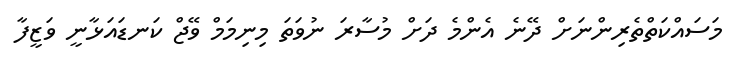
މަސައްކަތްތެރިންނަށް ދޭނެ އެންމެ ދަށް މުސާރަ ނުވަތަ މިނިމަމް ވޭޖް ކަނޑައަޅާނީ ވަޒީފާ